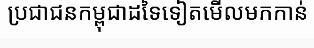
ប្រជាជនកម្ពុជាដទៃទៀតមើលមកកាន់